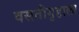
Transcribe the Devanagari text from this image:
वसतीगृहाला